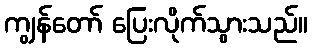
ကျွန်တော် ပြေးလိုက်သွားသည်။